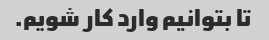
تا بتوانیم وارد کار شویم.